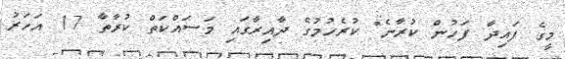
މީގެ ފައިދާ ފަހުން ކުރާނެ" ކުރެހުމުގެ ދާއިރާގައި މަސައްކަތް ކުރާތާ 17 އަހަރު